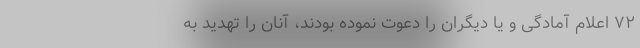
۷۲ اعلام آمادگی و یا دیگران را دعوت نموده بودند، آنان را تهدید به